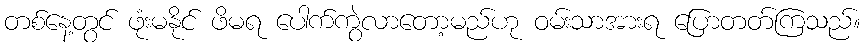
တစ်နေ့တွင် ဖုံးမနိုင် ဖိမရ ပေါက်ကွဲလာတော့မည်ဟု ဝမ်းသာအားရ ပြောတတ်ကြသည်။